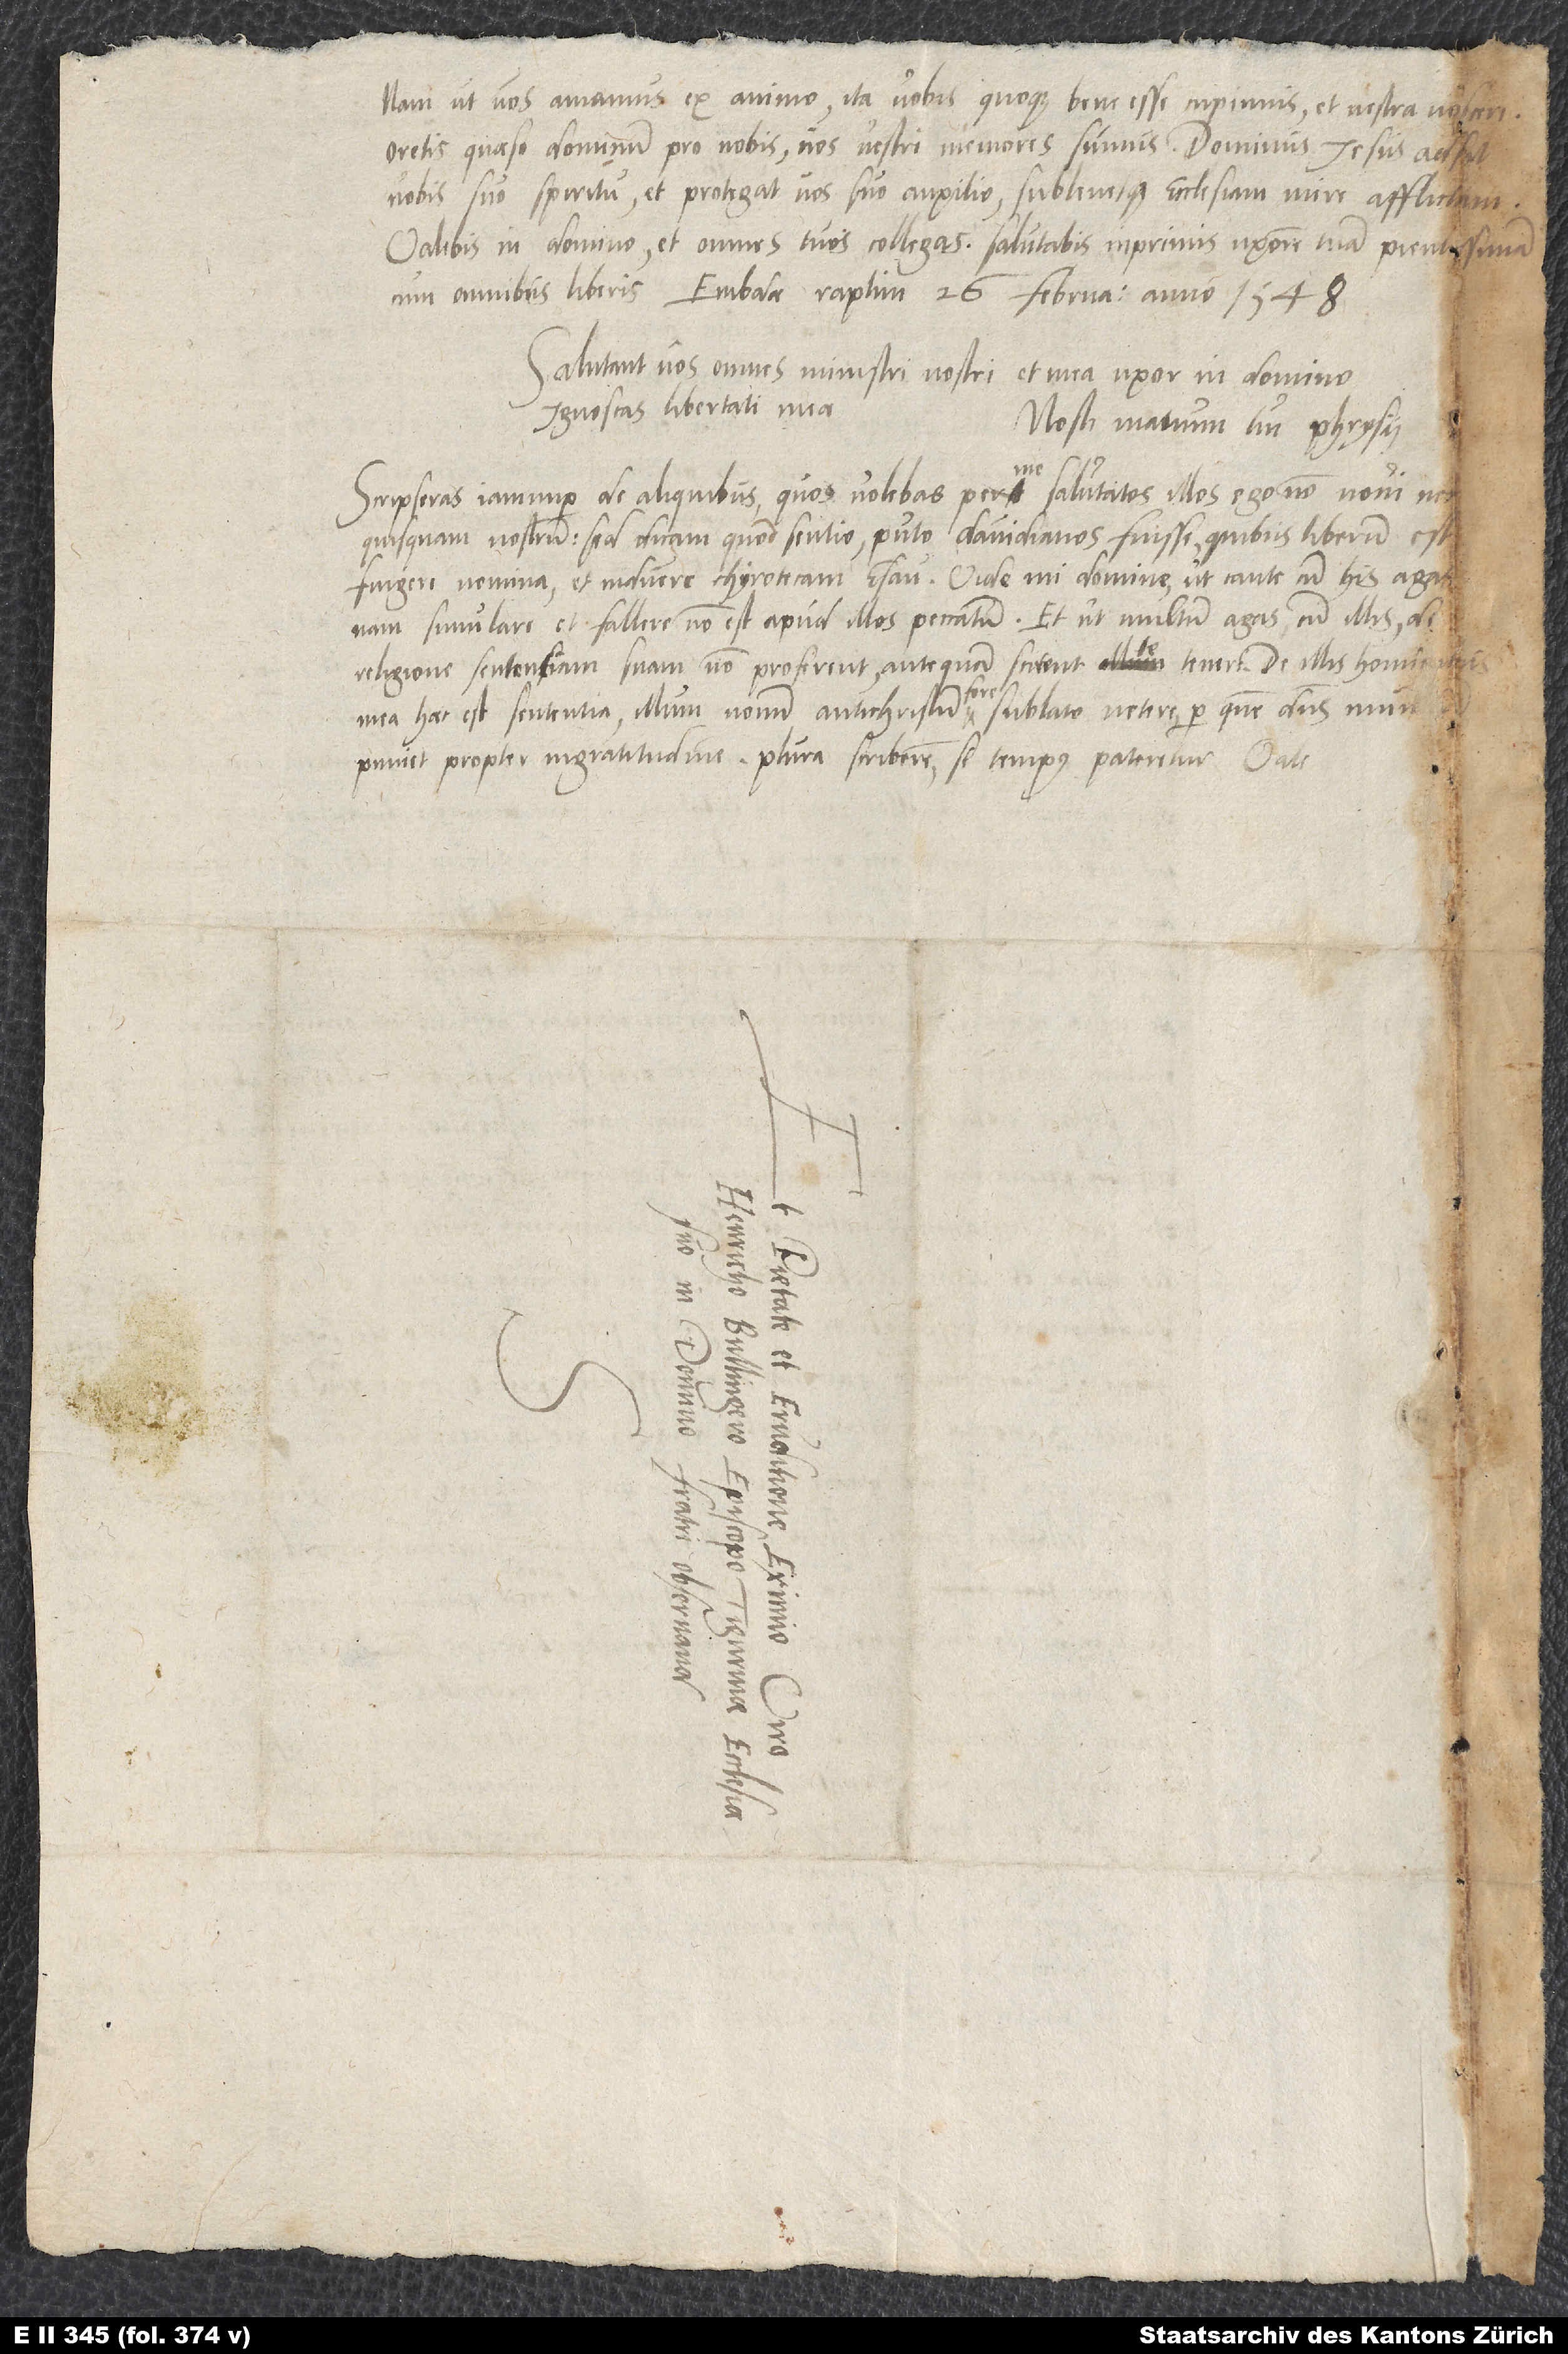
ut vos amamus ex animo, ita vobis quoque bene esse cupimus et vestra noscere.
Oretis, quaeso, dominum pro nobis; os vestri memores sumus. Dominus Iesus adsit
vobis suo spiritu et protegat vos suo auxilio sublevetque ecclesiam mire afflictam.
Valebis in domino et omnes tuos collegas salutabis, inprimis uxorem tuam pientissimam
Ignoscas libertati meae.
Nosti manum tui Phrysii.
Scripseras iam nuper de aliquibus, quos volebas per me salutatos illos ego non novi nec
quisquam. Sed dicam, quod sentio: puto Davidianos fuisse, quibus liberum est
fingere nomina et inducere chyrotecam Esau. Vide, mi domine, ut caute cum his agas;
nam simulare et fallere non est apud illos peccatum, et ut multum agas cum illis de
mea haec est sententia illum novum antichristum fore sublato vetere, per quem dominus mundum
puniet propter ingratitudinem. Plura scriberem, si tempus pateretur.